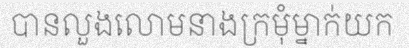
បានលួងលោមនាងក្រមុំម្នាក់យក